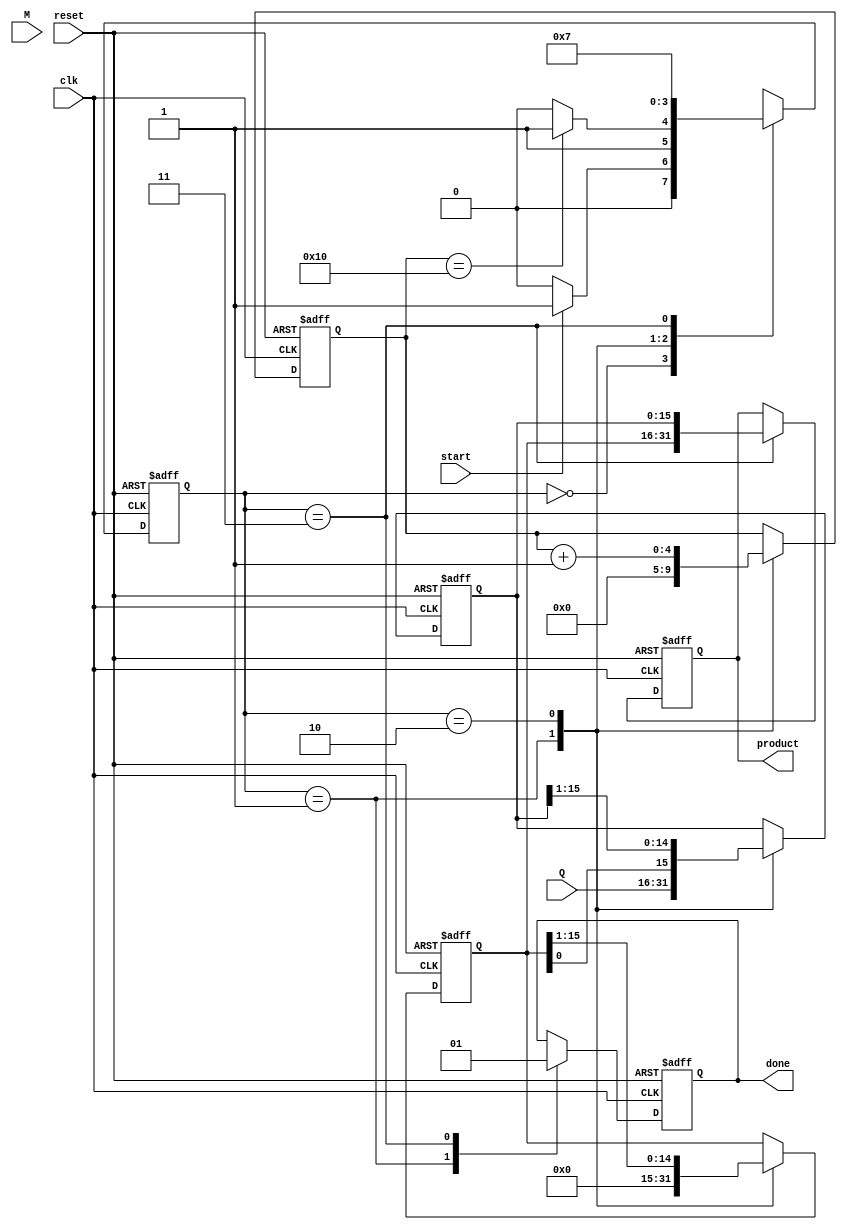
module booth_multiplier (
    input wire clk,
    input wire reset,
    input wire start,
    input wire signed [15:0] M, // Multiplicand
    input wire signed [15:0] Q, // Multiplier
    output reg signed [31:0] product, // Product output
    output reg done // Done signal
);

    reg signed [15:0] A; // A register
    reg signed [15:0] Q_reg; // Q register
    reg Q_1; // Q-1 register
    reg [4:0] count; // Count for iterations (bit-width of Q)
    
    // State definitions
    parameter IDLE = 2'b00, INIT = 2'b01, EXECUTE = 2'b10, DONE = 2'b11;
    reg [1:0] state, next_state;

    // FSM for control logic
    always @(posedge clk or posedge reset) begin
        if (reset) begin
            state <= IDLE;
        end else begin
            state <= next_state;
        end
    end

    // Next state logic
    always @(*) begin
        case (state)
            IDLE: begin
                if (start) next_state = INIT;
                else next_state = IDLE;
            end
            INIT: begin
                if (count == 5'd16) next_state = DONE; // Assuming 16-bit multiplication
                else next_state = EXECUTE;
            end
            EXECUTE: begin
                next_state = INIT; // Go back to INIT to check count
            end
            DONE: begin
                next_state = DONE; // Stay in DONE state
            end
            default: next_state = IDLE;
        endcase
    end

    // Register initialization and multiplication logic
    always @(posedge clk or posedge reset) begin
        if (reset) begin
            A <= 16'b0;
            Q_reg <= 16'b0;
            Q_1 <= 1'b0;
            count <= 5'b0;
            product <= 32'b0;
            done <= 1'b0;
        end else begin
            case (state)
                INIT: begin
                    A <= 16'b0; // Initialize A to 0
                    Q_reg <= Q; // Load Q with the multiplier
                    Q_1 <= 1'b0; // Initialize Q-1 to 0
                    count <= 5'b0; // Reset count
                    done <= 1'b0; // Clear done signal
                end
                EXECUTE: begin
                    // Check last two bits (Q_reg[0] and Q_1)
                    case ({Q_reg[0], Q_1})
                        2'b01: A <= A + M; // A = A + M
                        2'b10: A <= A - M; // A = A - M
                        default: ; // Do nothing for 00 and 11
                    endcase
                    
                    // Right shift A and Q
                    {A, Q_reg} <= {A, Q_reg} >> 1; // Shift right
                    Q_1 <= Q_reg[0]; // Update Q-1
                    count <= count + 1; // Increment count
                end
                DONE: begin
                    product <= {A, Q_reg}; // Combine A and Q for final product
                    done <= 1'b1; // Set done signal
                end
            endcase
        end
    end

endmodule